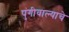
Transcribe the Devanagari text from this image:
पुंगीवाल्याचे